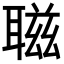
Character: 𦖺